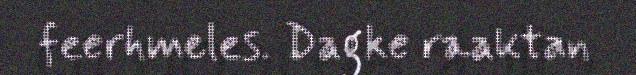
feerhmeles. Dagke raaktan